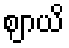
ဈာယိ